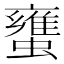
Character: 䗸